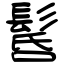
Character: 䯺